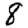
Digit: 8